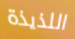
اللذيذة